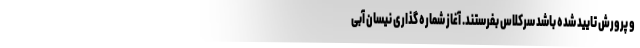
و پرورش تایید شده باشد سرکلاس بفرستند. آغاز شماره گذاری نیسان آبی